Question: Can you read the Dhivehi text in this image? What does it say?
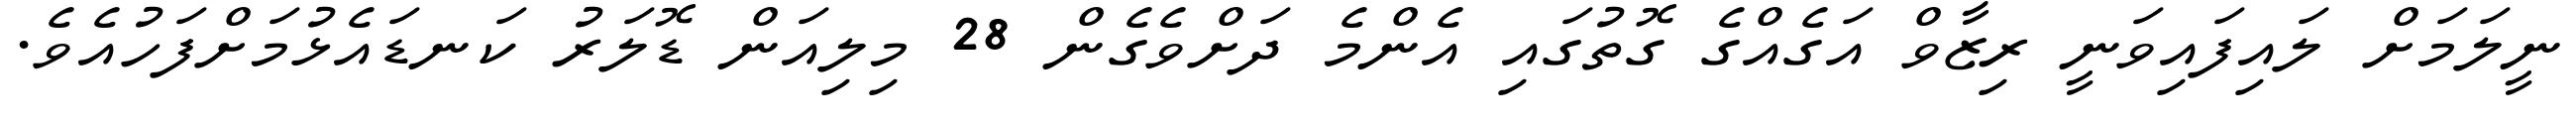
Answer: ނީލަމަށް ލައިފައިވަނީ ރިޒާވް އަގެއްގެ ގޮތުގައި އެންމެ ދަށްވެގެން 28 މިލިއަން ޑޮލަރު ކަނޑައެޅުމަށްފަހުއެވެ.